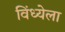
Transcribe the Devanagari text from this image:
विंध्येला